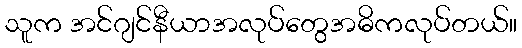
သူက အင်ဂျင်နီယာအလုပ်တွေအဓိကလုပ်တယ်။